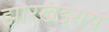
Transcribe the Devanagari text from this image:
झारखंडेराय